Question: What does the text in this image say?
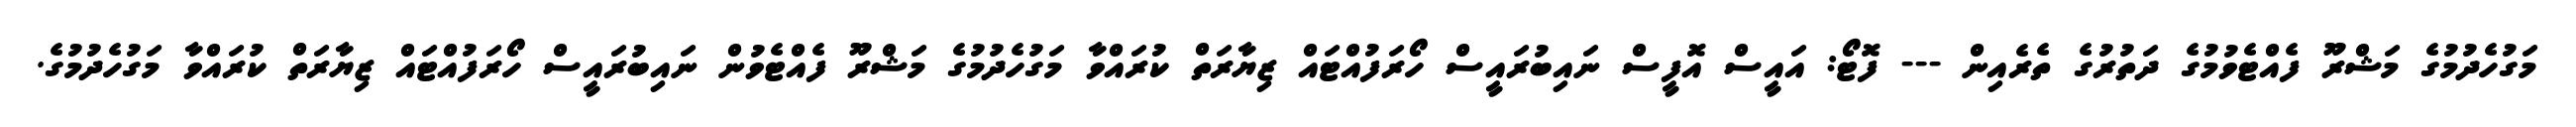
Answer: މަގުހެދުމުގެ މަޝްރޫ ފެއްޓެވުމުގެ ދަތުރުގެ ތެރެއިން --- ފޮޓޯ: އައީސް އޮފީސް ނައިބުރައީސް ހޯރަފުއްޓައް ޒިޔާރަތް ކުރައްވާ މަގުހެދުމުގެ މަޝްރޫ ފެއްޓެވުން ނައިބުރައީސް ހޯރަފުއްޓައް ޒިޔާރަތް ކުރައްވާ މަގުހެދުމުގެ.